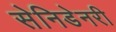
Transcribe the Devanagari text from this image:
सेनिडेनरी